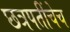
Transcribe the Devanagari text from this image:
छत्रपतींचेच